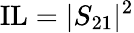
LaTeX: \textrm{IL}=|S_{21}|^{2}